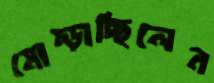
মোষ্‌ড়াচ্ছিলেন